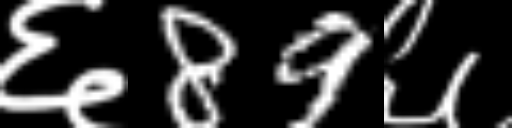
Text: ६89६